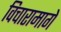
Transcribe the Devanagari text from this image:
विचारामागे